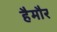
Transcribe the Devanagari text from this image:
हैमौर